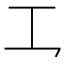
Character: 𪛜